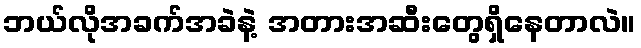
ဘယ်လိုအခက်အခဲနဲ့ အတားအဆီးတွေရှိနေတာလဲ။